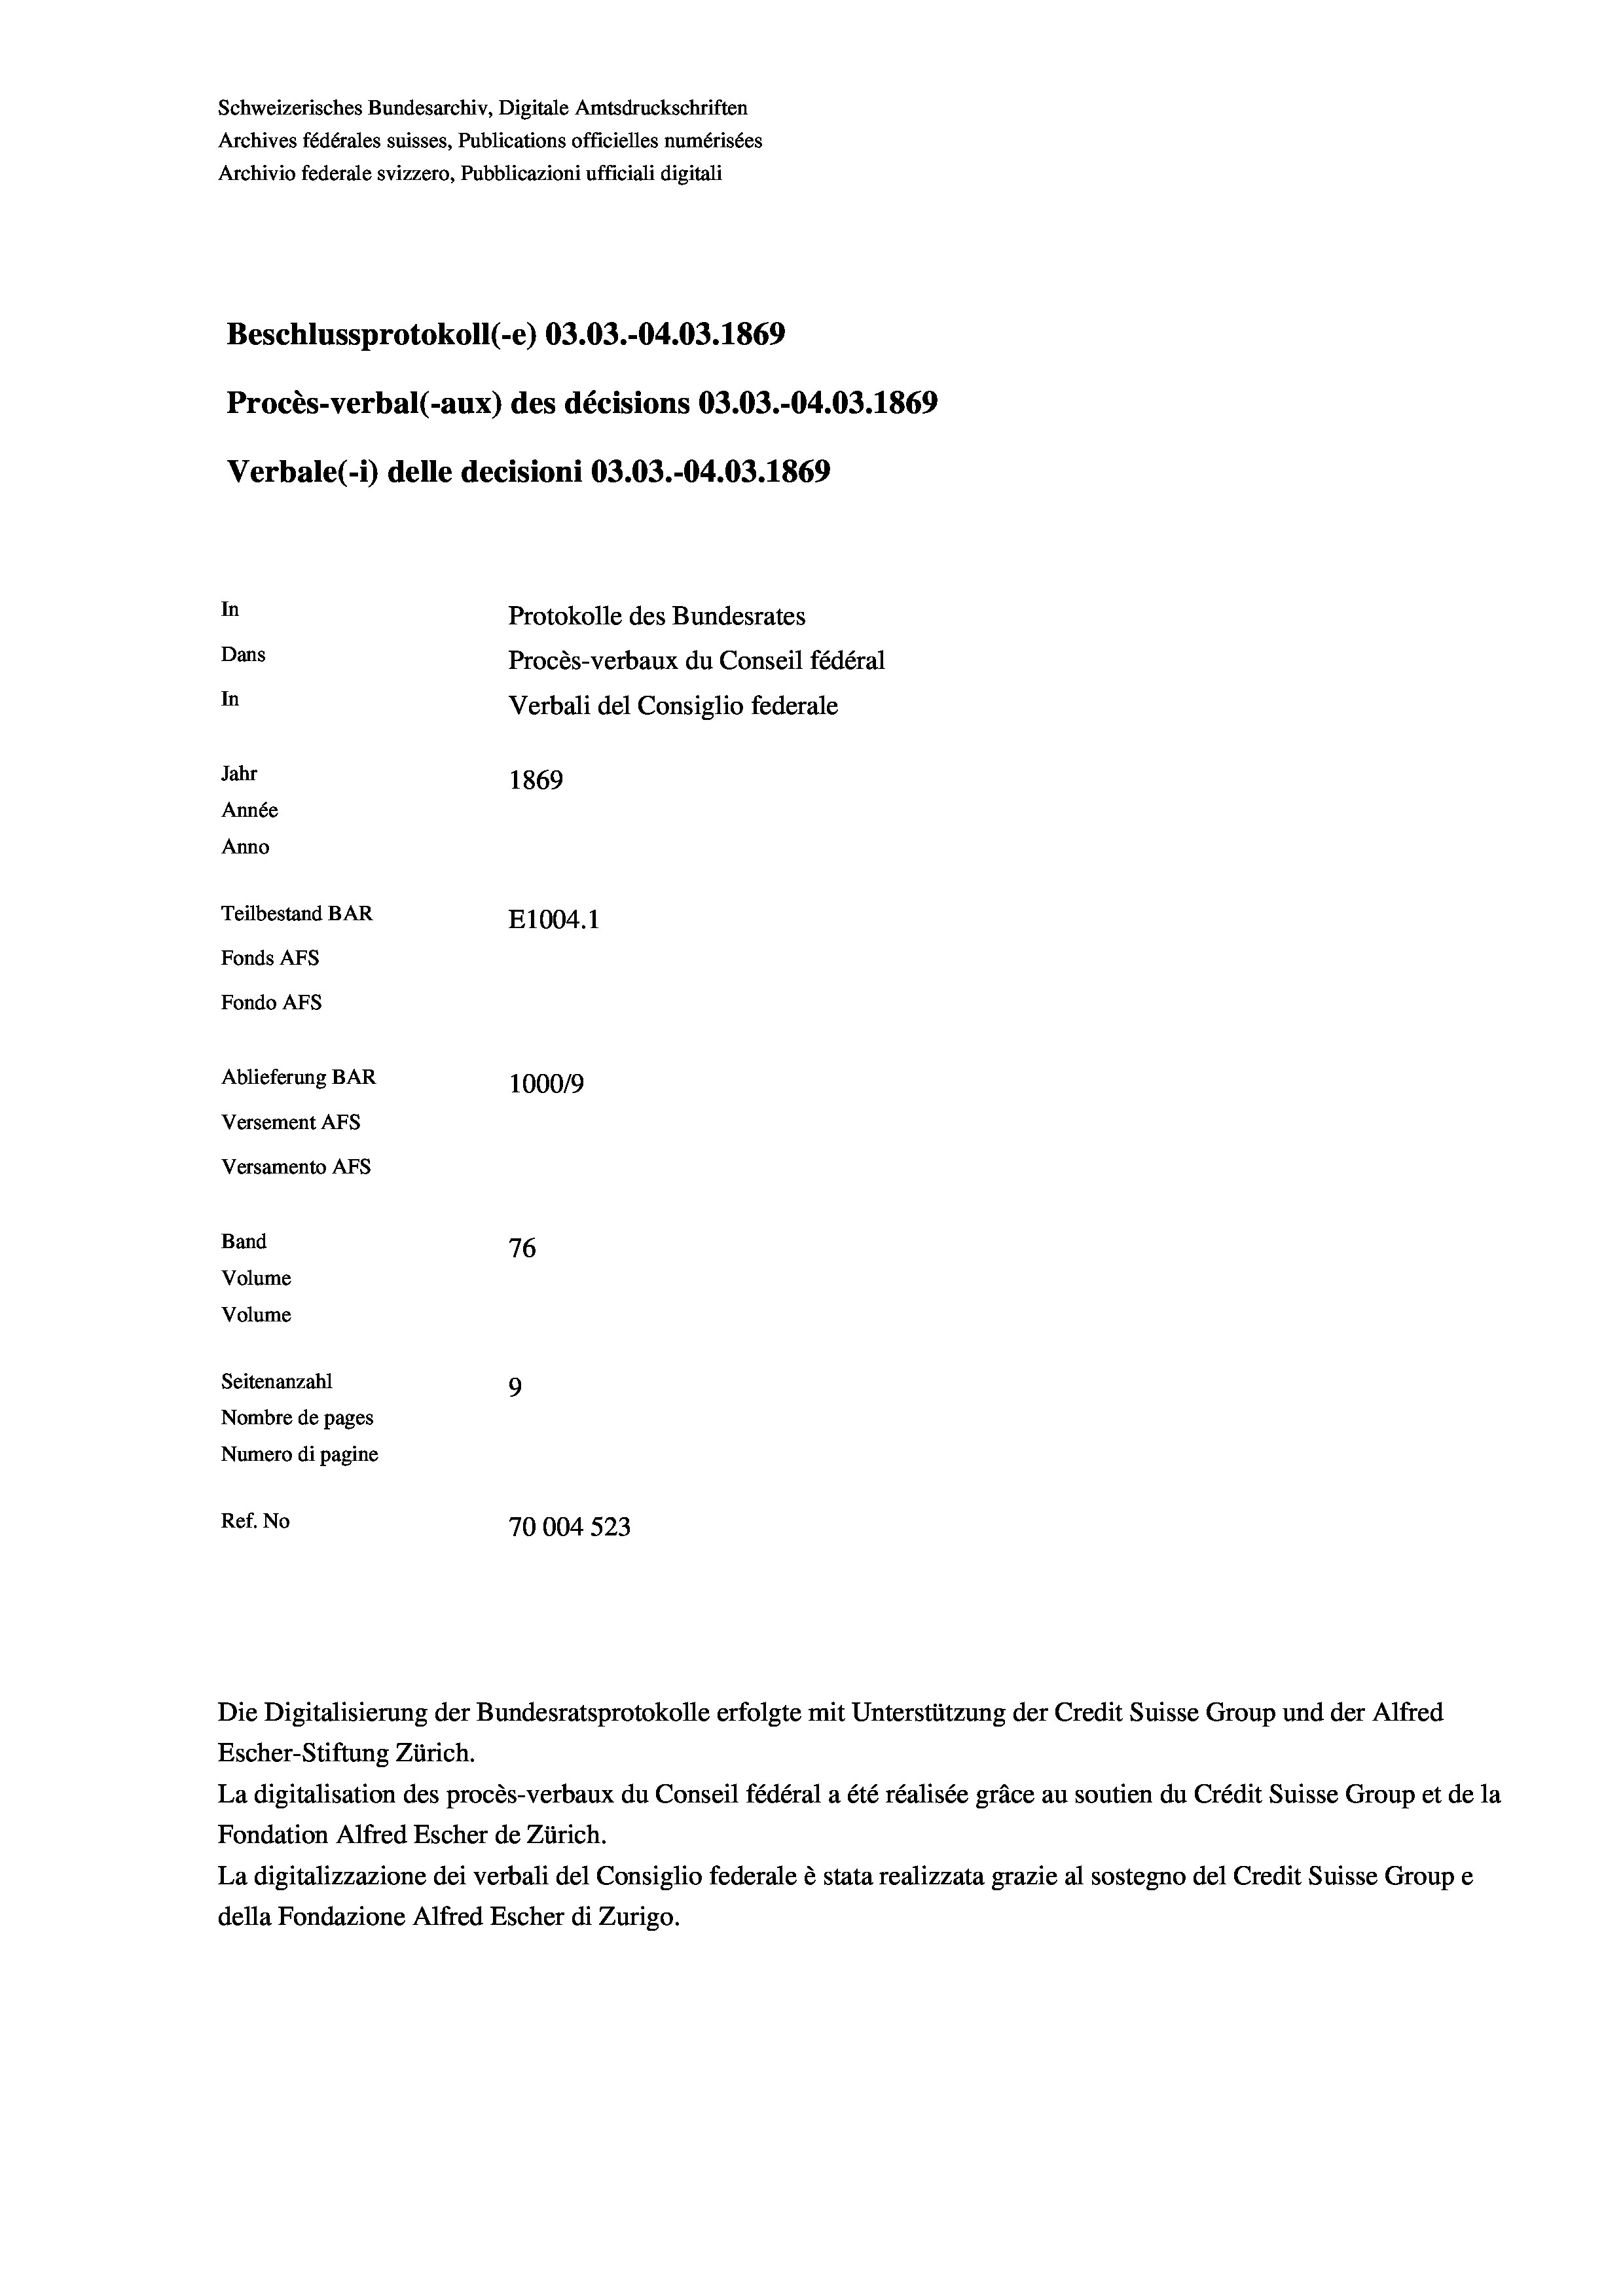
Schweizerisches Bundesarchiv, Digitale Amtsdruckschriften
Archives fédérales suisses, Publications officielles numérisées
Archivio federale svizzero, Pubblicazioni ufficiali digitali
Beschlussprotokoll (-e) 03.03.-04.03. 1869
Procès-verbal (-aux) des décisions 03.03.-04.03. 1869
Verbale (i) delle decisioni 03.03.-04.03. 1869
In
Protokolle des Bundesrates
Dans
Procès-verbaux du Conseil fédéral
In
Verbali del Consiglio federale
Jahr
1869
Année
Anno
Teilbestand BAR
E1004.1
Fonds AFs
Fondo AFs
Ablieferung BAR
100019
Versement As
Versamento AFS
Band
76
Volume
Volume
Seitenanzahl
9
Nombre de pages
Numero di pagine
Ref. No
70004 523

Escher-Stiftung Zürich.
La digitalisation des procès-verbaux du Conseil fédéral a été réalisée gräce au soutien du Crédit Suisse Group et de la
Fondation Alfred Escher de Zürich.
La digitalizzazione dei verbali del Consiglio federale è stata realizzata grazie al sostegno del Credit Suisse Groupe
della Fondazione Alfred Escher di Zurigo.

Die Digitalisierung der Bundesratsprotokolle erfolgte mit Unterstützung der Credit Suisse Group und der Alfred